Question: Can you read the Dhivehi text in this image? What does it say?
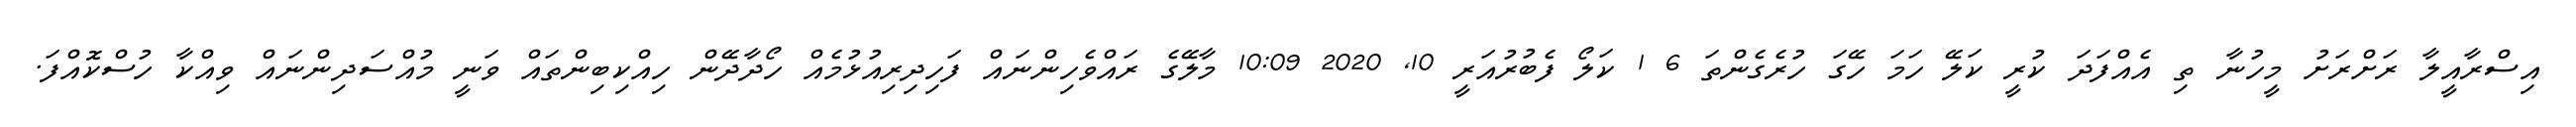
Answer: އިސްރާއީލާ ރަށްރަށު މީހުނާ ތި އެއްފަދަ ކުރީ ކަލޭ ހަމަ ހޭގަ ހުރެގެންތަ 6 1 ކަލޯ ފެބުރުއަރީ 10, 2020 10:09 މާލޭގެ ރައްވެހިންނައް ފަހިދިރިއުޅުމެއް ހޯދާދޭން ހިއްކިބިންތައް ވަނީ މުއްސަދިންނައް ވިއްކާ ހުސްކޮއްފަ.